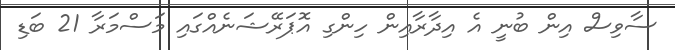
ސާވިސް އިން ބުނީ އެ އިދާރާއިން ހިންގި އޮޕަރޭޝަނެއްގައި މަސްމަރާ 21 ބަޑި